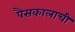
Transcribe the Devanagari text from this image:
पैसकालाची